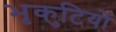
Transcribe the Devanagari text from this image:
भृकुटियों